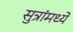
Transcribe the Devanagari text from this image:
सुत्रांमध्ये